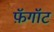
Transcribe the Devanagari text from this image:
फ़ॅगॉट